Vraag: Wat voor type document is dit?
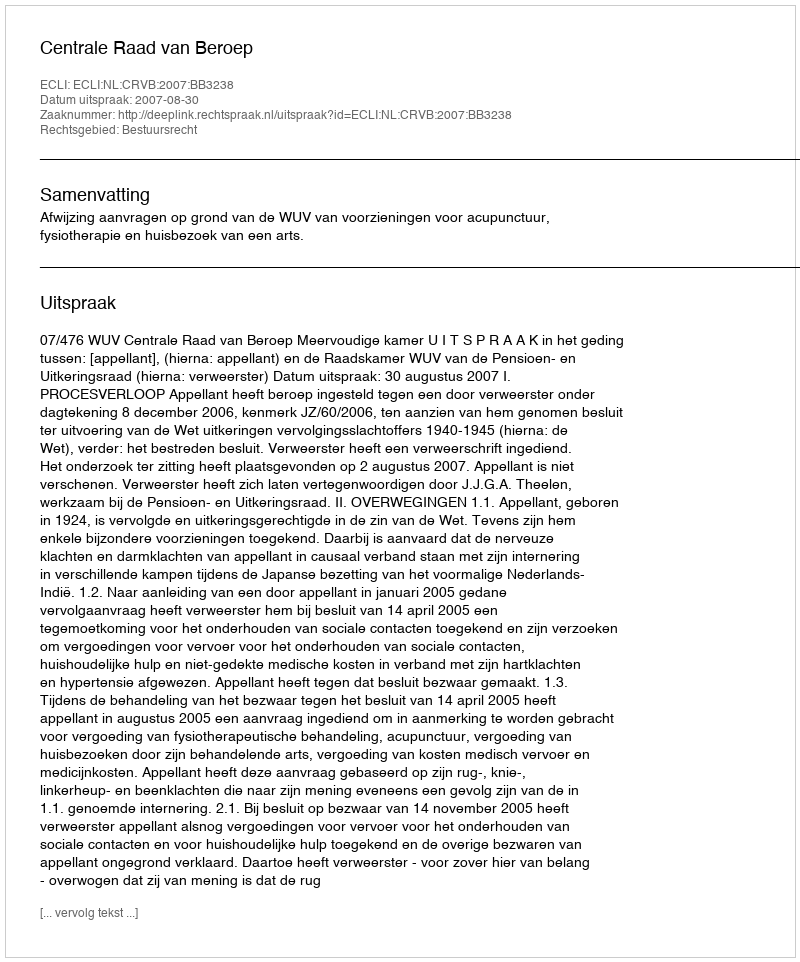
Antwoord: Uitspraak